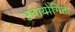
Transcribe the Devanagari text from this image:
उपायोगिता